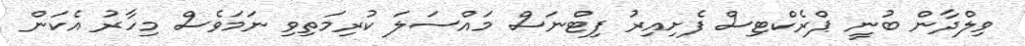
ވިލްދާން ބުނީ ޕްރެކްޓިސް ފެށިއިރު ފިޓްނަސް މައްސަލަ ކުރިމަތިވި ނަމަވެސް މިހާރު އެކަން